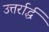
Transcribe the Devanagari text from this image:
उत्तर्रार्द्ध